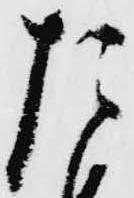
た